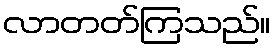
လာတတ်ကြသည်။